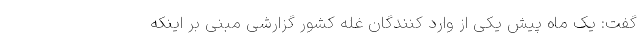
گفت: یک ماه پیش یکی از وارد کنندگان غله کشور گزارشی مبنی بر اینکه